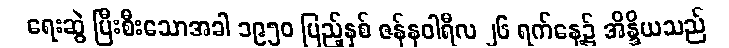
ရေးဆွဲ ပြီးစီးသောအခါ ၁၉၅၀ ပြည့်နှစ် ဇန်နဝါရီလ ၂၆ ရက်နေ့၌ အိန္ဒိယသည်